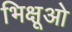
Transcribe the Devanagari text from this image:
भिक्षूओ